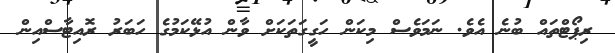
ރިޕޯޓްތައް ބުނެ އެވެ. ނަމަވެސް މިކަން ހަގީގަތަކަށް ވާން އުޅޭކަމުގެ ހަބަރު ރޮއިޓާސްއިން